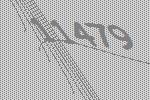
11479